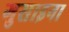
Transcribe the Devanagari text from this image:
गुसाइना